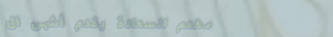
مطعم السعادة يقدم أشهى ال